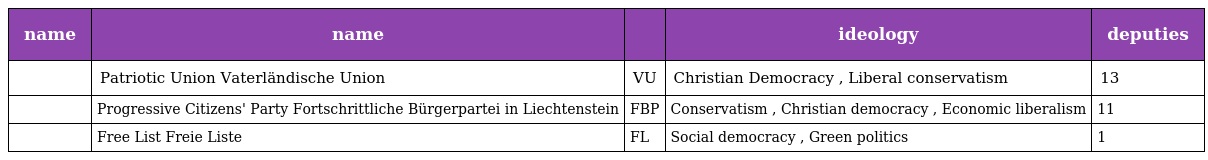
| name | name |  | ideology | deputies |
 | --- | --- | --- | --- | --- |
 |  | Patriotic Union Vaterländische Union | VU | Christian Democracy , Liberal conservatism | 13 |
 |  | Progressive Citizens' Party Fortschrittliche Bürgerpartei in Liechtenstein | FBP | Conservatism , Christian democracy , Economic liberalism | 11 |
 |  | Free List Freie Liste | FL | Social democracy , Green politics | 1 |